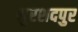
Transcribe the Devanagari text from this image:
मुरशदपुर